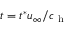
t = t ^ { * } u _ { \infty } / c _ { \mathrm { ~ h ~ } }